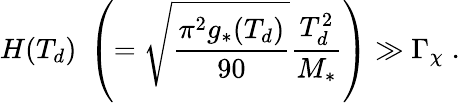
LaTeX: H(T_{d})\; \left(=\sqrt{\frac{\pi^{2}g_{*}(T_{d})}{90}}\frac{T_{d}^{2}}{M_{*}}\right)\gg\Gamma_{\chi}\; .